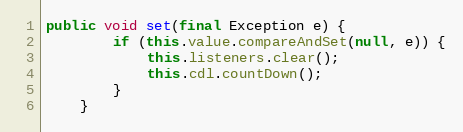
Language: Java
public void set(final Exception e) {
		if (this.value.compareAndSet(null, e)) {
			this.listeners.clear();
			this.cdl.countDown();
		}
	}